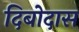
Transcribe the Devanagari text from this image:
दिबोदास